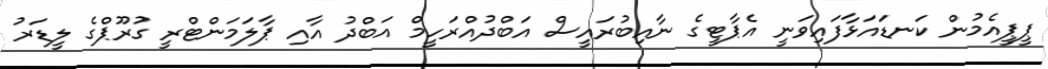
ޕީޕީއެމުން ކަނޑައަޅާފައިވަނީ އެޕާޓީގެ ނާއިބުރައީސް އަބްދުއްރަހީމް އަބްދު އާއި ޕާލަމަންޓްރީ ގުރޫޕްގެ ލީޑަރު